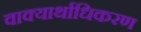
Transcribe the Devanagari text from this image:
वाक्यार्थाधिकरण